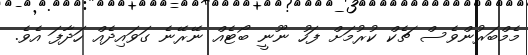
މެމްބަރުންވެސް ޗެކް ކުރުމަށް ފަހު ނޫނީ ބޯޓެއް ނޭރޭނެ ގަވައިދެއް ހަދާފަ އެވެ.